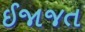
ઈજાજત